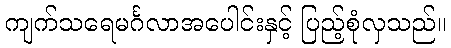
ကျက်သရေမင်္ဂလာအပေါင်းနှင့် ပြည့်စုံလှသည်။